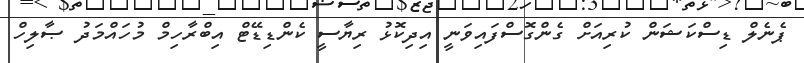
ޕެނެލް ޑިސްކަޝަން ކުރިއަށް ގެންގޮސްފައިވަނީ އިދިކޮޅު ރިޔާސީ ކެންޑިޑޭޓް އިބްރާހިމް މުހައްމަދު ޞާލިހް